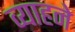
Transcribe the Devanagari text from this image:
व्याहने